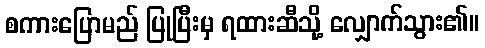
စကားပြောမည် ပြုပြီးမှ ရထားဆီသို့ လျှောက်သွား၏။